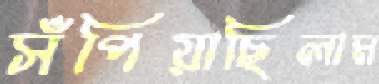
সঁপিয়াছিলাম